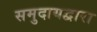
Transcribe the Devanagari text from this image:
समुदायद्वारा